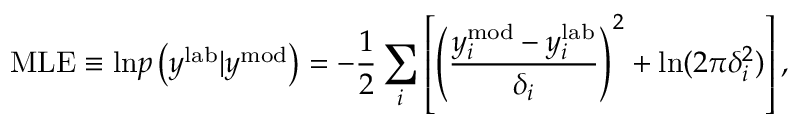
\mathrm { M L E } \equiv \mathrm { l n } p \left( y ^ { \mathrm { l a b } } | y ^ { \mathrm { m o d } } \right) = - \frac { 1 } { 2 } \sum _ { i } \left[ \left( \frac { y _ { i } ^ { \mathrm { m o d } } - y _ { i } ^ { \mathrm { l a b } } } { \delta _ { i } } \right) ^ { 2 } + \mathrm { l n } ( 2 \pi \delta _ { i } ^ { 2 } ) \right] ,